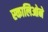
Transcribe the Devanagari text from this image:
स्कालिओने